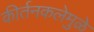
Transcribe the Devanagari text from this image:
कीर्तनकलेमुळे